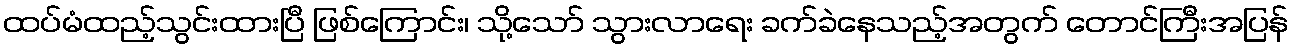
ထပ်မံထည့်သွင်းထားပြီ ဖြစ်ကြောင်း၊ သို့သော် သွားလာရေး ခက်ခဲနေသည့်အတွက် တောင်ကြီးအပြန်